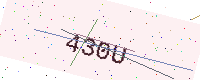
Text: 430U